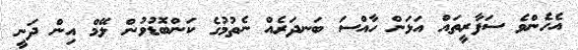
އެހެންވެ ސަފާރީތައް އަޅަން ހާއްސަ ބަނދަރެއް ނެތުމުގެ ކަންބޮޑުވުން ލޭމް އިން ދަނީ